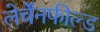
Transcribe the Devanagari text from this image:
लेर्चेंनफील्ड